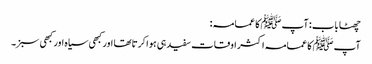
چھٹا باب : آپ ﷺ کا عمامہ :
آپ ﷺ کا عمامہ اکثر اوقات سفید ہی ہوا کرتاتھا اور کبھی سیاہ اور کبھی سبز۔